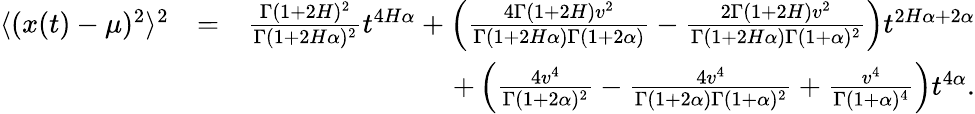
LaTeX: \begin{array}{rlr}{\langle(x(t)-\mu)^{2}\rangle^{2}}&{=}&{\frac{\Gamma(1+2H)^{2}}{\Gamma(1+2H\alpha)^{2}}t^{4H\alpha}+\left(\frac{4\Gamma(1+2H)v^{2}}{\Gamma(1+2H\alpha)\Gamma(1+2\alpha)}-\frac{2\Gamma(1+2H)v^{2}}{\Gamma(1+2H\alpha)\Gamma(1+\alpha)^{2}}\right)t^{2H\alpha+2\alpha}}\\ &{}&{+\left(\frac{4v^{4}}{\Gamma(1+2\alpha)^{2}}-\frac{4v^{4}}{\Gamma(1+2\alpha)\Gamma(1+\alpha)^{2}}+\frac{v^{4}}{\Gamma(1+\alpha)^{4}}\right)t^{4\alpha}.}\end{array}